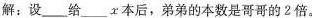
解：设___给___x本后，弟弟的本数是哥哥的2倍。